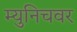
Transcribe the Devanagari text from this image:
म्युनिचवर